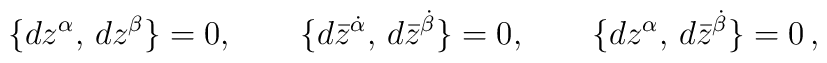
\{dz^\alpha ,\,dz^\beta \} =0,\qquad \{d\bar{z}^{\dot{\alpha}},\,d\bar{z}^{\dot{\beta}}\}=0, \qquad\{dz^\alpha ,\,d\bar{z}^{\dot{\beta}} \}=0\,,